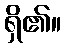
ရှိ၏။